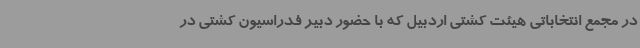
در مجمع انتخاباتی هیئت کشتی اردبیل که با حضور دبیر فدراسیون کشتی در